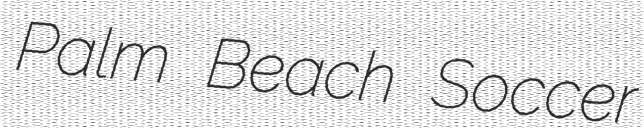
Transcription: Palm Beach Soccer